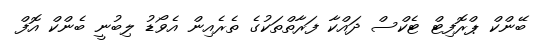
ބޭންކް ޕްރޮފިޓް ޓެކްސް ދައްކާ ފަރާތްތަކުގެ ތެރެއިން އެވޯޑު ލިބުނީ ބެންކް އޮފް